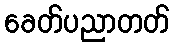
ခေတ်ပညာတတ်